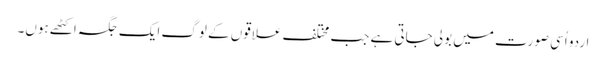
اردو اُسی صورت میں بولی جاتی ہے جب مختلف علاقوں کے لوگ ایک جگہ اکٹھے ہوں۔